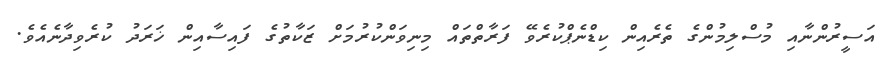
އަސީރުންނާއި މުސްލިމުންގެ ތެރެއިން ކިޑްނެޕްކުރެވޭ ފަރާތްތައް މިނިވަންކުރުމަށް ޒަކާތުގެ ފައިސާއިން ޚަރަދު ކުރެވިދާނެއެވެ.